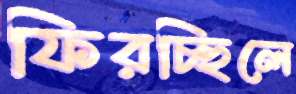
ফিরচ্ছিলে